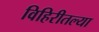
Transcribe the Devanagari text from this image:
विहिरीतल्या